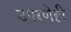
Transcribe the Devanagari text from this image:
उपरणेही